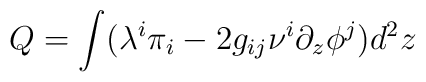
Q=\int(\lambda^i\pi_i-2g_{ij}\nu^i\partial_z\phi^j)d^2z